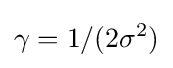
\gamma =1/(2\sigma ^{2})